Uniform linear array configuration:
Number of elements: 48
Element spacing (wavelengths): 1
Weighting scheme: blackman
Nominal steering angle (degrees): -45
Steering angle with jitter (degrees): -45.567
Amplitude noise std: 0.05
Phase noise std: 0.05

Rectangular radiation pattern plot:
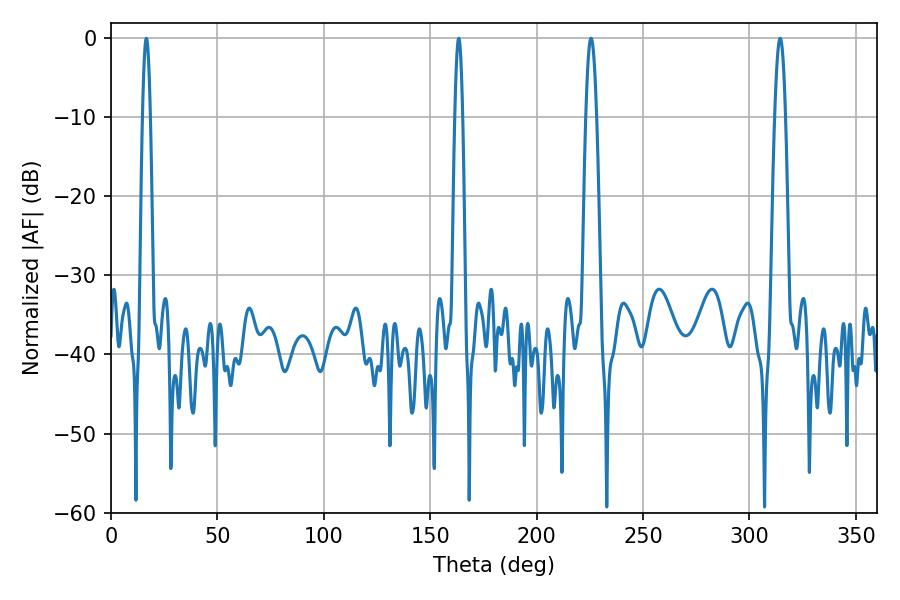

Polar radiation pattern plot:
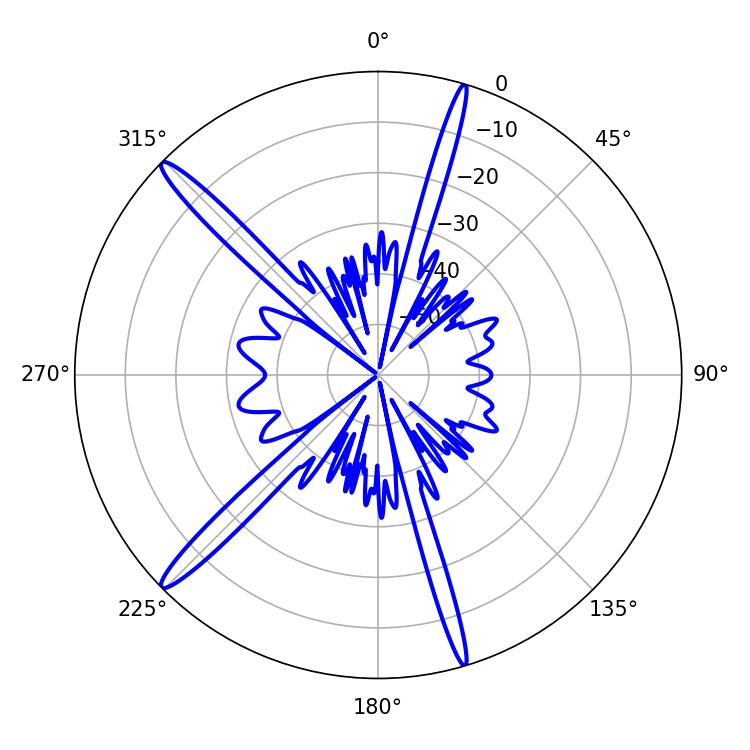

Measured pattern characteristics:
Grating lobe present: TRUE
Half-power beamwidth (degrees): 2.7
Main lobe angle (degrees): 225.54